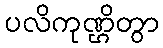
ပလိကုဏ္ဌိတွာ